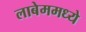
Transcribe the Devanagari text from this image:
लाबेममध्ये